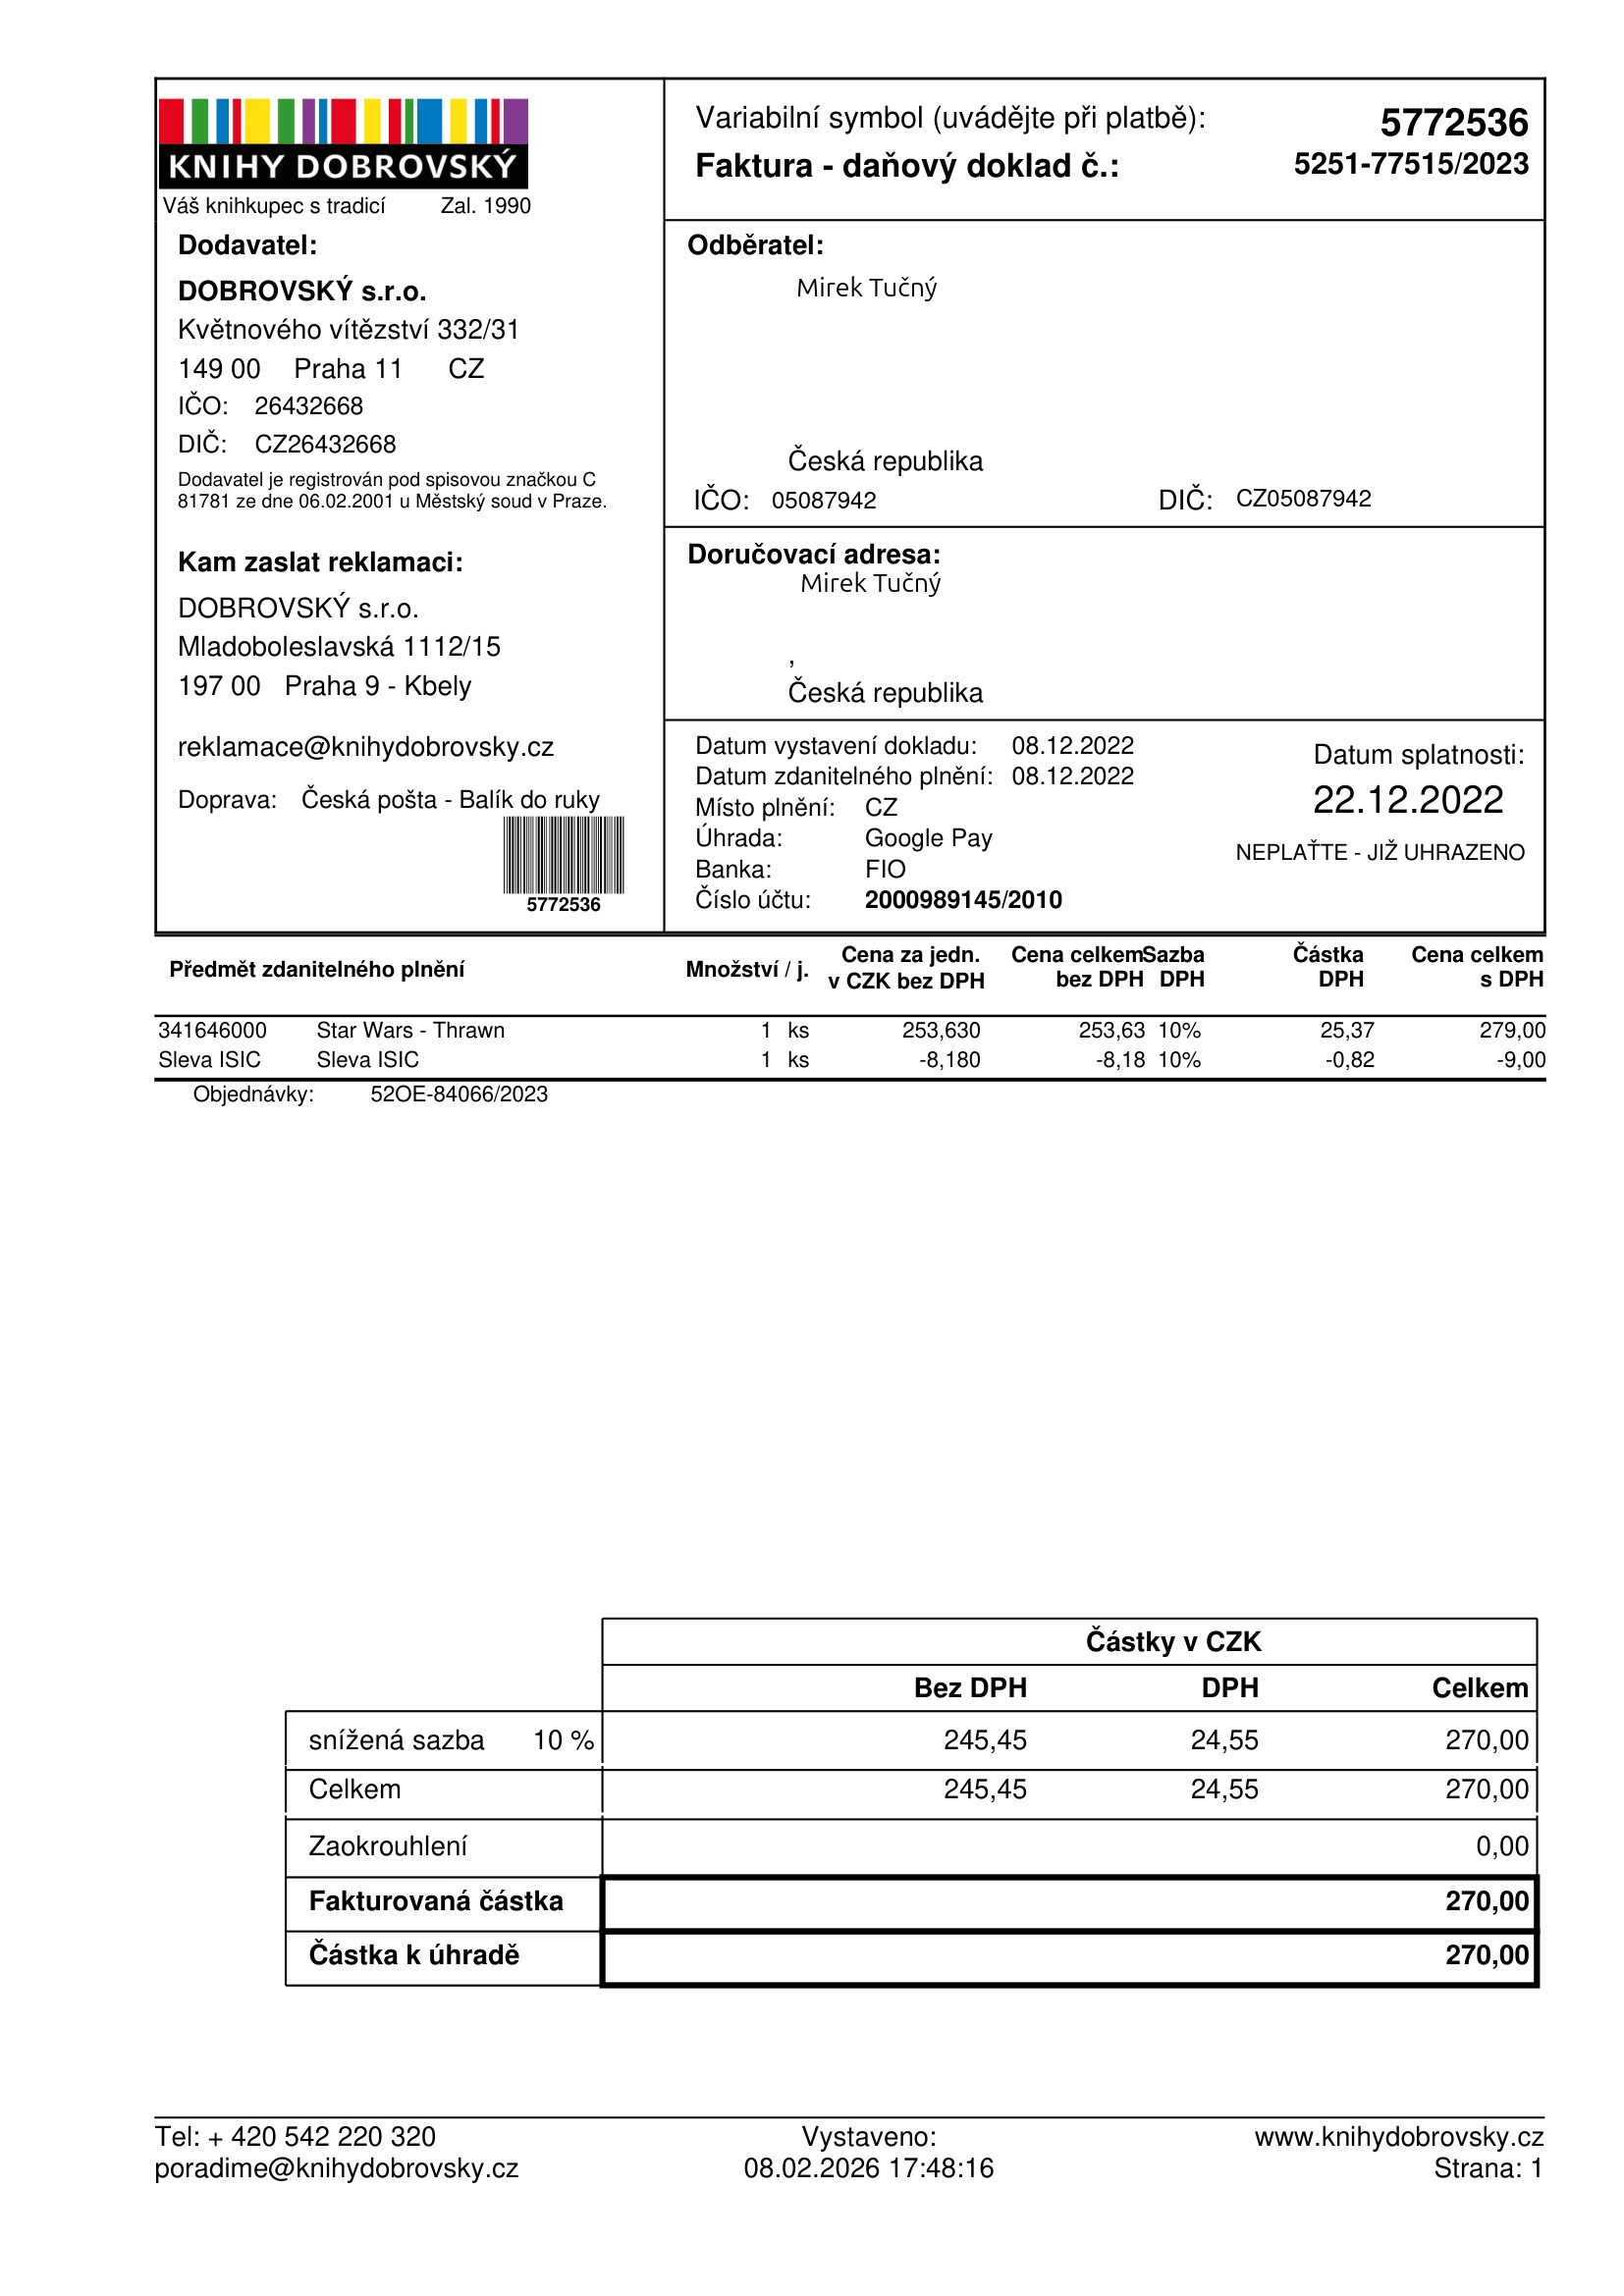
invoice_number: 5251-77515/2023
supp_register_id: 26432668
supp_tax_id: CZ26432668
cust_register_id: 05087942
cust_tax_id: CZ05087942
issue_date: 08.12.2022
taxable_supply_date: 08.12.2022
due_date: 22.12.2022
payment_type: Google Pay
bank_account_number: 2000989145/2010
variable_symbol: 5772536
total: 270,00